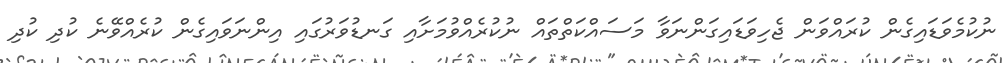
ނުކުމެވަޑައިގެން ކުރައްވަން ޖެހިވަޑައިގަންނަވާ މަސައްކަތްތައް ނުކުރެއްވުމަށާއި ގަނޑުވަރުގައި އިންނަވައިގެން ކުރެއްވޭނެ ކުދި ކުދި